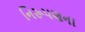
નિરૂપણના